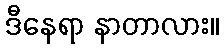
ဒီနေရာ နာတာလား။